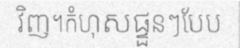
វិញ។កំហុសផ្ទួនៗបែប